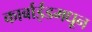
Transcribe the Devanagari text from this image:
कार्बाईडमधून